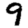
Digit: 9